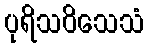
ပုရိသဝိသေသံ